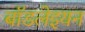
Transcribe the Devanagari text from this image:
बॉडलेइयन